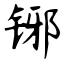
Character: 铘